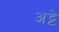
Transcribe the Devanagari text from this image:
अट्टे